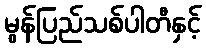
မွန်ပြည်သစ်ပါတီနှင့်